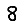
Digit: 8